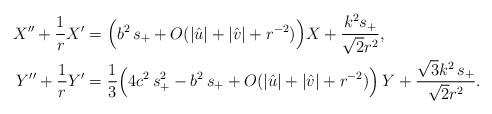
\begin{align*}X'' + \frac{1}{r} X' &= \Big(b^2\,s_+ + O(|\hat u| + |\hat v| + r^{-2}) \Big) X+ \frac{k^2s_+}{\sqrt{2}r^2} ,\\Y'' + \frac{1}{r} Y'&= \frac{1}{3}\Big(4c^2\,s_+^2 - b^2\,s_+ + O(|\hat u| + |\hat v|+ r^{-2}) \Big)\,Y + \frac{\sqrt{3}k^2\,s_+}{\sqrt{2}r^2}.\end{align*}